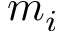
m _ { i }